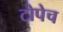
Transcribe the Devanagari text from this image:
टोपेच